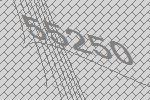
55250